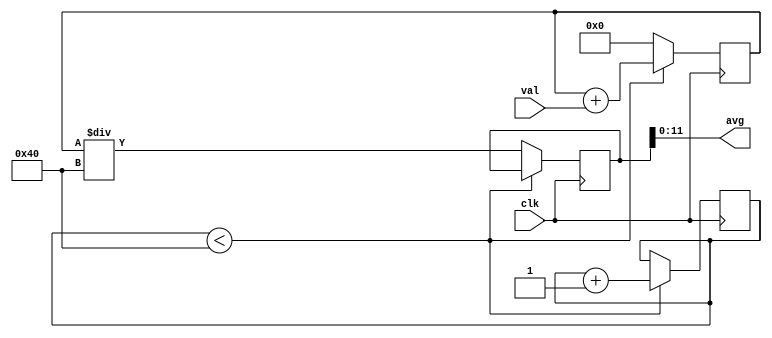
module sig_avg
#(

	//the length of each data value
	parameter datlen = 12,
	
	//the number of data values to average
	parameter avg_n = 64,
	
	//log base 2 of avg_n used for indexing
	parameter avg_n_log2 = 6
	
)(

	input clk,
	
	input[0:datlen-1] val,
	
	output[0:datlen-1] avg

);

reg[0:avg_n*2-1] cur_avg = 0;

reg[0:avg_n*2-1] sum = 0;

reg[0:avg_n_log2] count = 0;

always @(posedge clk) begin
	if (count < avg_n) begin
		count = count + 1;
		
		sum = sum + val;
	end else begin
		cur_avg = sum / avg_n;
		
		sum = 0;
	end
end

assign avg = cur_avg;

endmodule